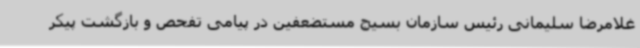
غلامرضا سلیمانی رئیس سازمان بسیج مستضعفین در پیامی تفحص و بازگشت پیکر